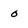
Character: 0